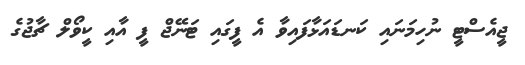
ޖީއެސްޓީ ނުހިމަނައި ކަނޑައަޅާފައިވާ އެ ފީގައި ޓަނޭޖް ފީ އާއި ކީވޯލް ޗާޖުގެ